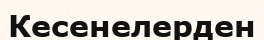
Кесенелерден